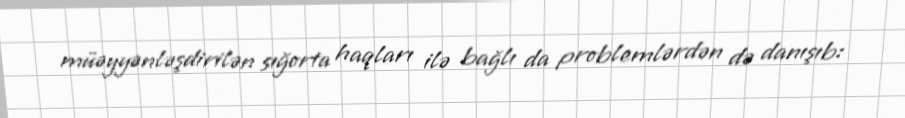
müəyyənləşdirilən sığorta haqları ilə bağlı da problemlərdən də danışıb: